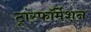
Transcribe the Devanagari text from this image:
ट्रांस्फॉर्मेशन